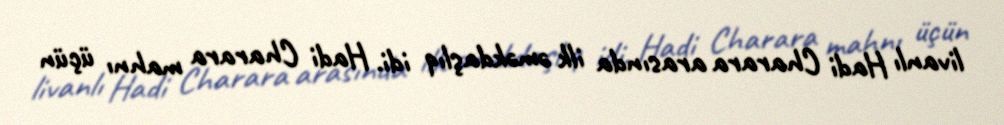
livanlı Hadi Charara arasında ilk əməkdaşlıq idi. Hadi Charara mahnı üçün